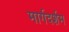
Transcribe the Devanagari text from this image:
मार्गदर्शम